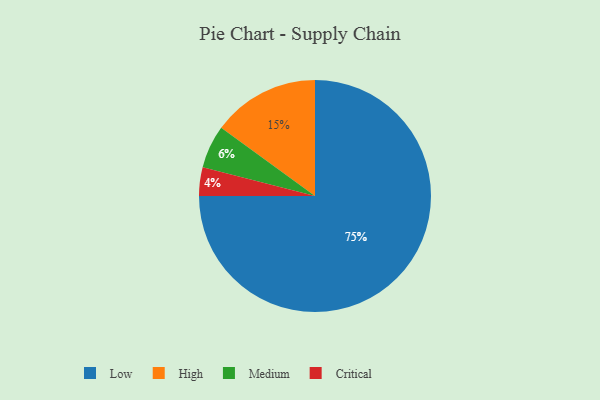
{"axis": {"x": "Category", "y": "Percentage"}, "legend": ["Critical", "High", "Low", "Medium"], "data": [{"x": "Medium", "y": 6, "type": "Medium"}, {"x": "High", "y": 15, "type": "High"}, {"x": "Critical", "y": 4, "type": "Critical"}, {"x": "Low", "y": 75, "type": "Low"}]}